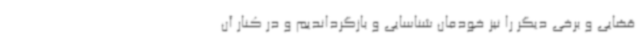
قضایی و برخی دیگر را نیز خودمان شناسایی و بازگرداندیم و در کنار آن